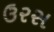
ઉરસ